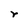
Character: r